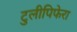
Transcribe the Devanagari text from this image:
टुलीपिफेरा